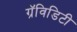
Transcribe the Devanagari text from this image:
ग्रॅविडिटी